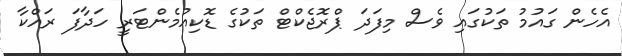
އެހެން ގައުމު ތަކުގައި ވެސް މިފަދަ ޕްރޮޖެކްޓް ތަކުގެ ޑޮކިއުމެންޓަރީ ހަދާފަ ރައްކާ